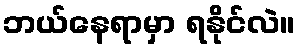
ဘယ်နေရာမှာ ရနိုင်လဲ။